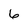
Character: 6